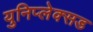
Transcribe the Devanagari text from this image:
युनिप्लेक्सड